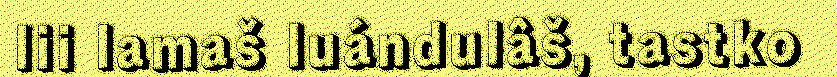
lii lamaš luándulâš, tastko